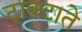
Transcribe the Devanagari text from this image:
ट्राक्टाते